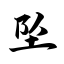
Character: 坠